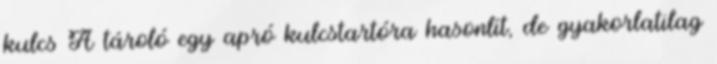
kulcs A tároló egy apró kulcstartóra hasonlít, de gyakorlatilag